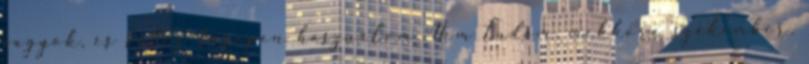
vagyok, és fõleg terepen használom. Nem tudom, mekkora szakember,